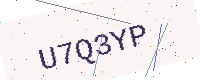
Text: U7Q3YP